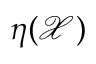
\eta ( \mathcal { X } )